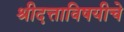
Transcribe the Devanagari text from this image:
श्रीदत्ताविषयीचे